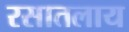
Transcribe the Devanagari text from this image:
रसातलाय